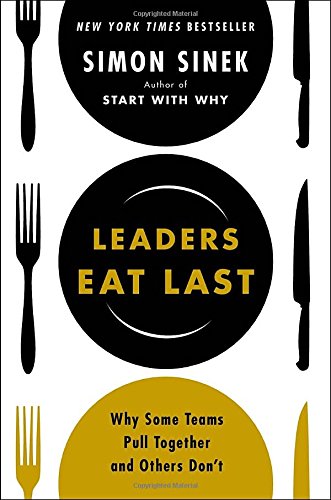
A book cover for Leaders Eat Last: Why Some Teams Pull Together and Others DonEEt; Simon Sinek; Business & Money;